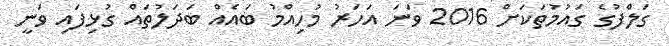
ގަލްފުގެ ގައުމުތަކަށް 2016 ވަނަ އަހަރު މުހިއްމު ބައެއް ބަދަލުތައް ގުޅިފައި ވަނީ